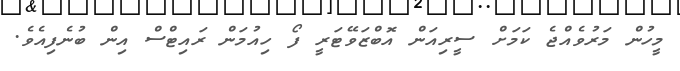
މީހުން މަރުވެއްޖެ ކަމަށް ސީރިއަން އޮބްޒަވޭޓަރީ ފޯ ހިއުމަން ރައިޓްސް އިން ބުނެފިއެވެ.